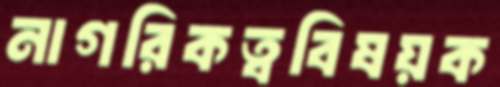
নাগরিকত্ববিষয়ক